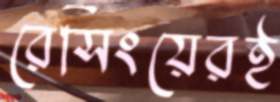
রেসিংয়েরই